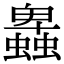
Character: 𧓎